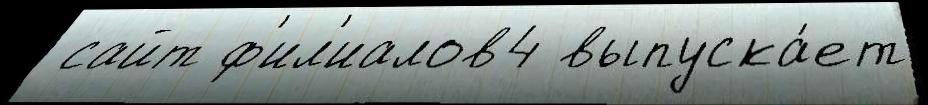
 сайт ф'ил'иалов4 выпуска́ет